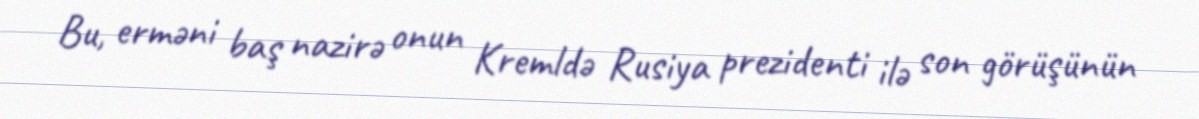
Bu, erməni baş nazirə onun Kremldə Rusiya prezidenti ilə son görüşünün